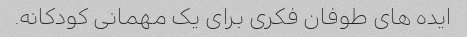
ایده های طوفان فکری برای یک مهمانی کودکانه.